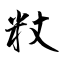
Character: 粀